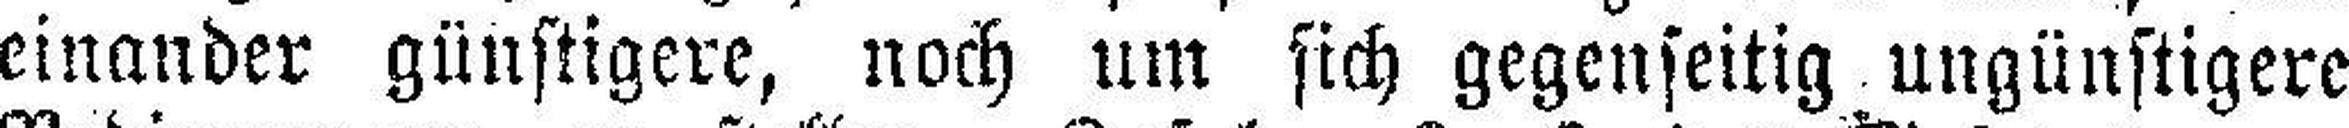
einander günstigere, noch um sich gegenseitig ungünstigere